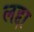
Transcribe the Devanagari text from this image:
लद्दा